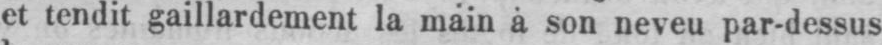
et tendit gaillardement la main à son neveu par-dessus